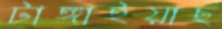
টাঙ্গাইয়াছ